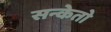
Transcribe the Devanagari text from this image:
सन्केतो